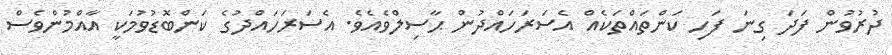
ދުރުވުން ފަދަ ގިނަ ފަހި ކަންތައްތަކެއް އެސަރަހައްދުން ޙާސިލްވެއެވެ. އެސަރަހައްދުގެ ކަންބޮޑުވުމަކީ އާއްމުންވެސް